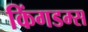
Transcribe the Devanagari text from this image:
किंगडम्स